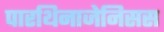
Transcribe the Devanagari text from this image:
पारथिनाजेनिसस